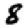
Digit: 8